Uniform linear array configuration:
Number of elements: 8
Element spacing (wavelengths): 0.25
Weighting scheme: uniform
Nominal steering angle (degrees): -15
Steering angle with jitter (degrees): -13.446
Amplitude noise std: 0.05
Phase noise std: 0.05

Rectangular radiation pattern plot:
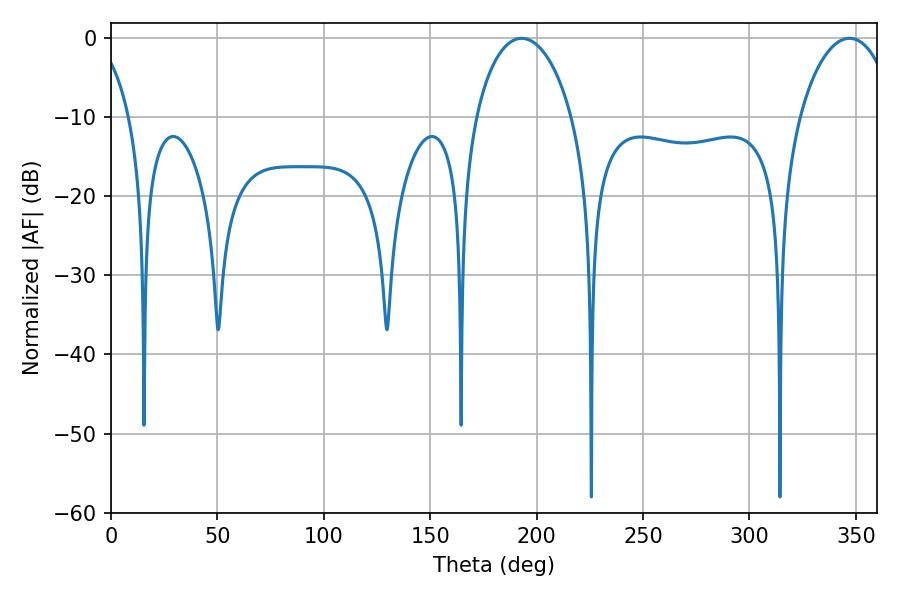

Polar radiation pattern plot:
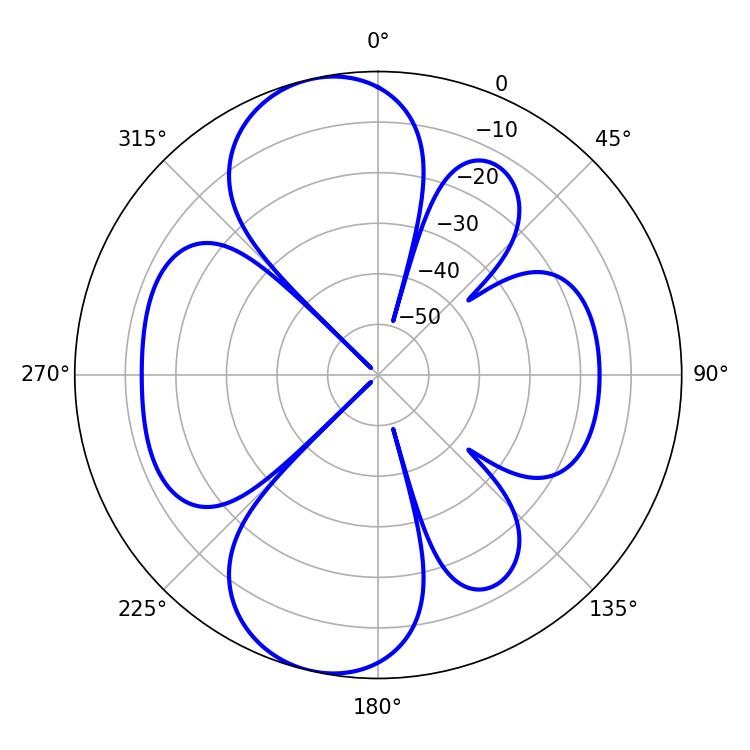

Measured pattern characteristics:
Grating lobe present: FALSE
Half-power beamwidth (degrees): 25.92
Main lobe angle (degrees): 347.04